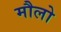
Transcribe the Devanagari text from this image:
मौलो